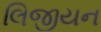
લિજીયન